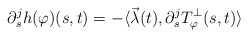
\begin{align*}\partial_s^j h(\varphi)(s,t)=-\langle \vec\lambda(t), \partial_s^j T_{\varphi}^\perp (s,t)\rangle \end{align*}